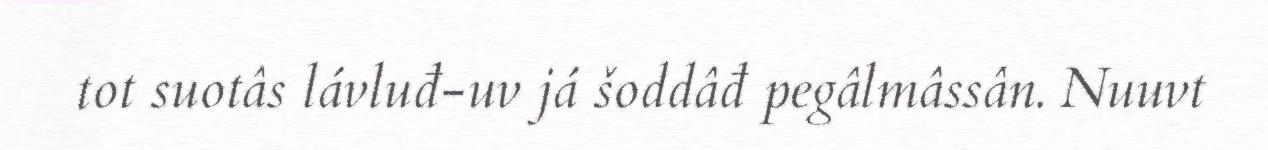
tot suotâs lávluđ-uv já šoddâđ pegâlmâssân. Nuuvt